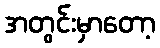
အတွင်းမှာတော့